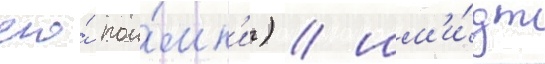
его́ пои́мк'и) / шм'и́дт